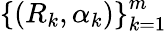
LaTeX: \left\{ \left(R_{k},\alpha_{k}\right)\right\} _{k=1}^{m}